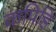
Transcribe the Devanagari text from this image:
कपिहि